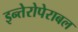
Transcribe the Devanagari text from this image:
इन्तेरोपेराबल